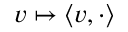
v \mapsto \langle v , \cdot \rangle